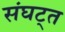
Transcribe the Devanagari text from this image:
संघट्त